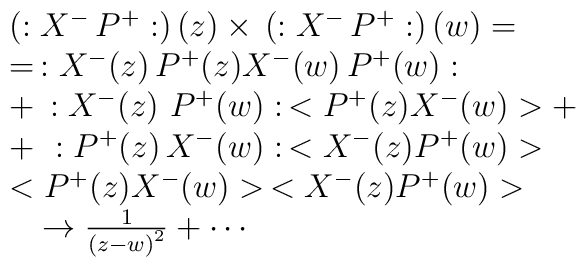
\begin{array}{l}\left( :X^{-}\,P^{+}:\right) (z)\times \,\left( :X^{-}\,P^{+}:\right) (w)=\\=\,:X^{-}(z)\,P^{+}(z)X^{-}(w)\,P^{+}(w): \\+\,:X^{-}(z)\,\,P^{+}(w):\,<P^{+}(z)X^{-}(w)>+ \\+\,\,:P^{+}(z)\,X^{-}(w):\,<X^{-}(z)P^{+}(w)> \\<P^{+}(z)X^{-}(w)>\,<X^{-}(z)P^{+}(w)> \\\quad \rightarrow \frac 1{\left( z-w\right) ^2}+\cdots\end{array}